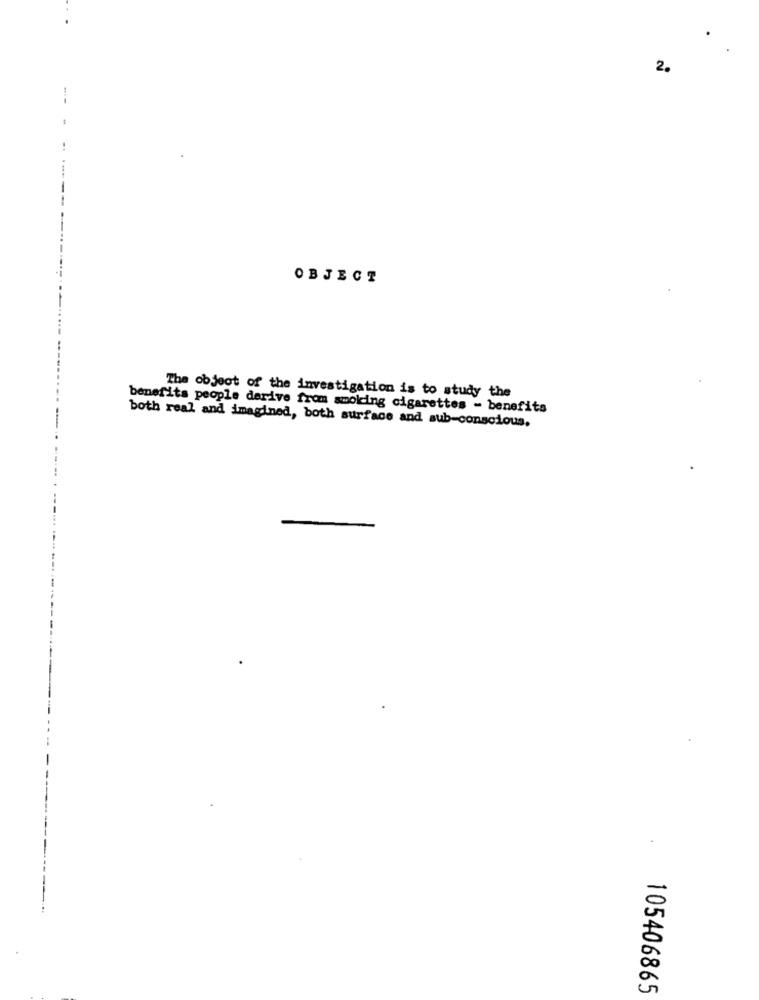
2.
OBJECT
The object of the investigation is to study the
benefits people derive from smoking cigarettes - benefits
both real and imagined, both surface and sub-conscious.
105406865